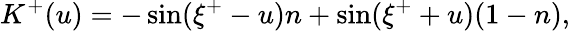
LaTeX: K^{+}(u)=-\sin(\xi^{+}-u)n+\sin(\xi^{+}+u)(1-n),